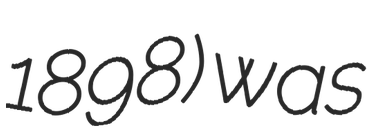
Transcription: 1898) was